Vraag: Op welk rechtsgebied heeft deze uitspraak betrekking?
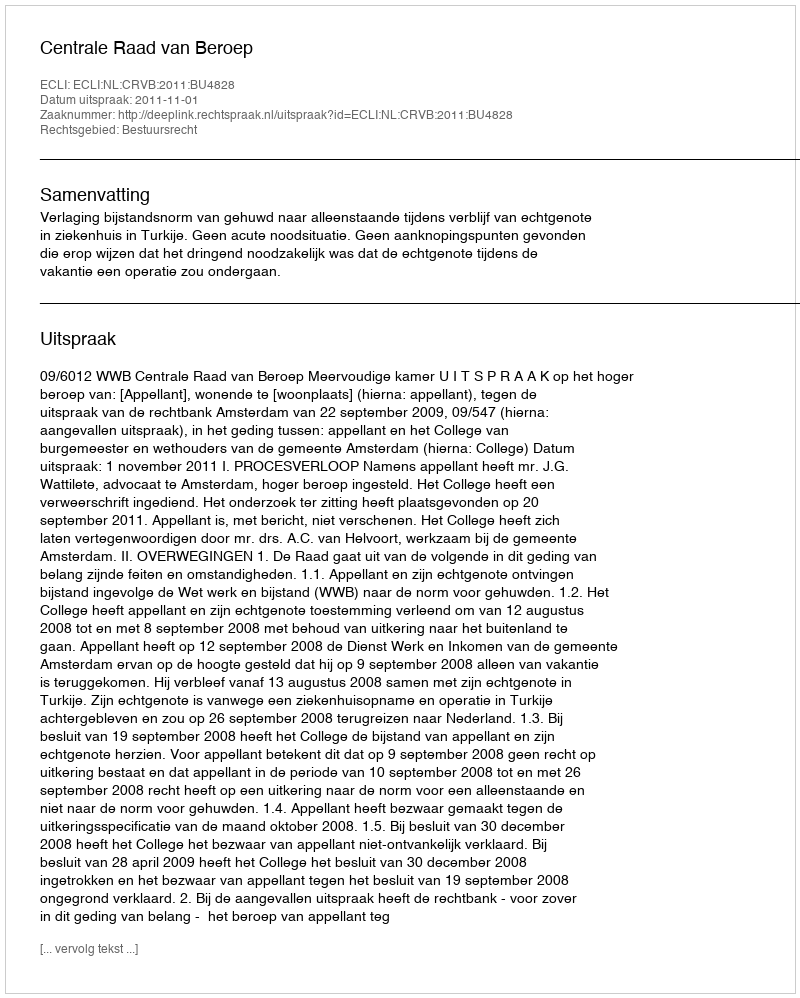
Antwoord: Bestuursrecht